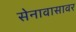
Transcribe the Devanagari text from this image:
सेनावासावर